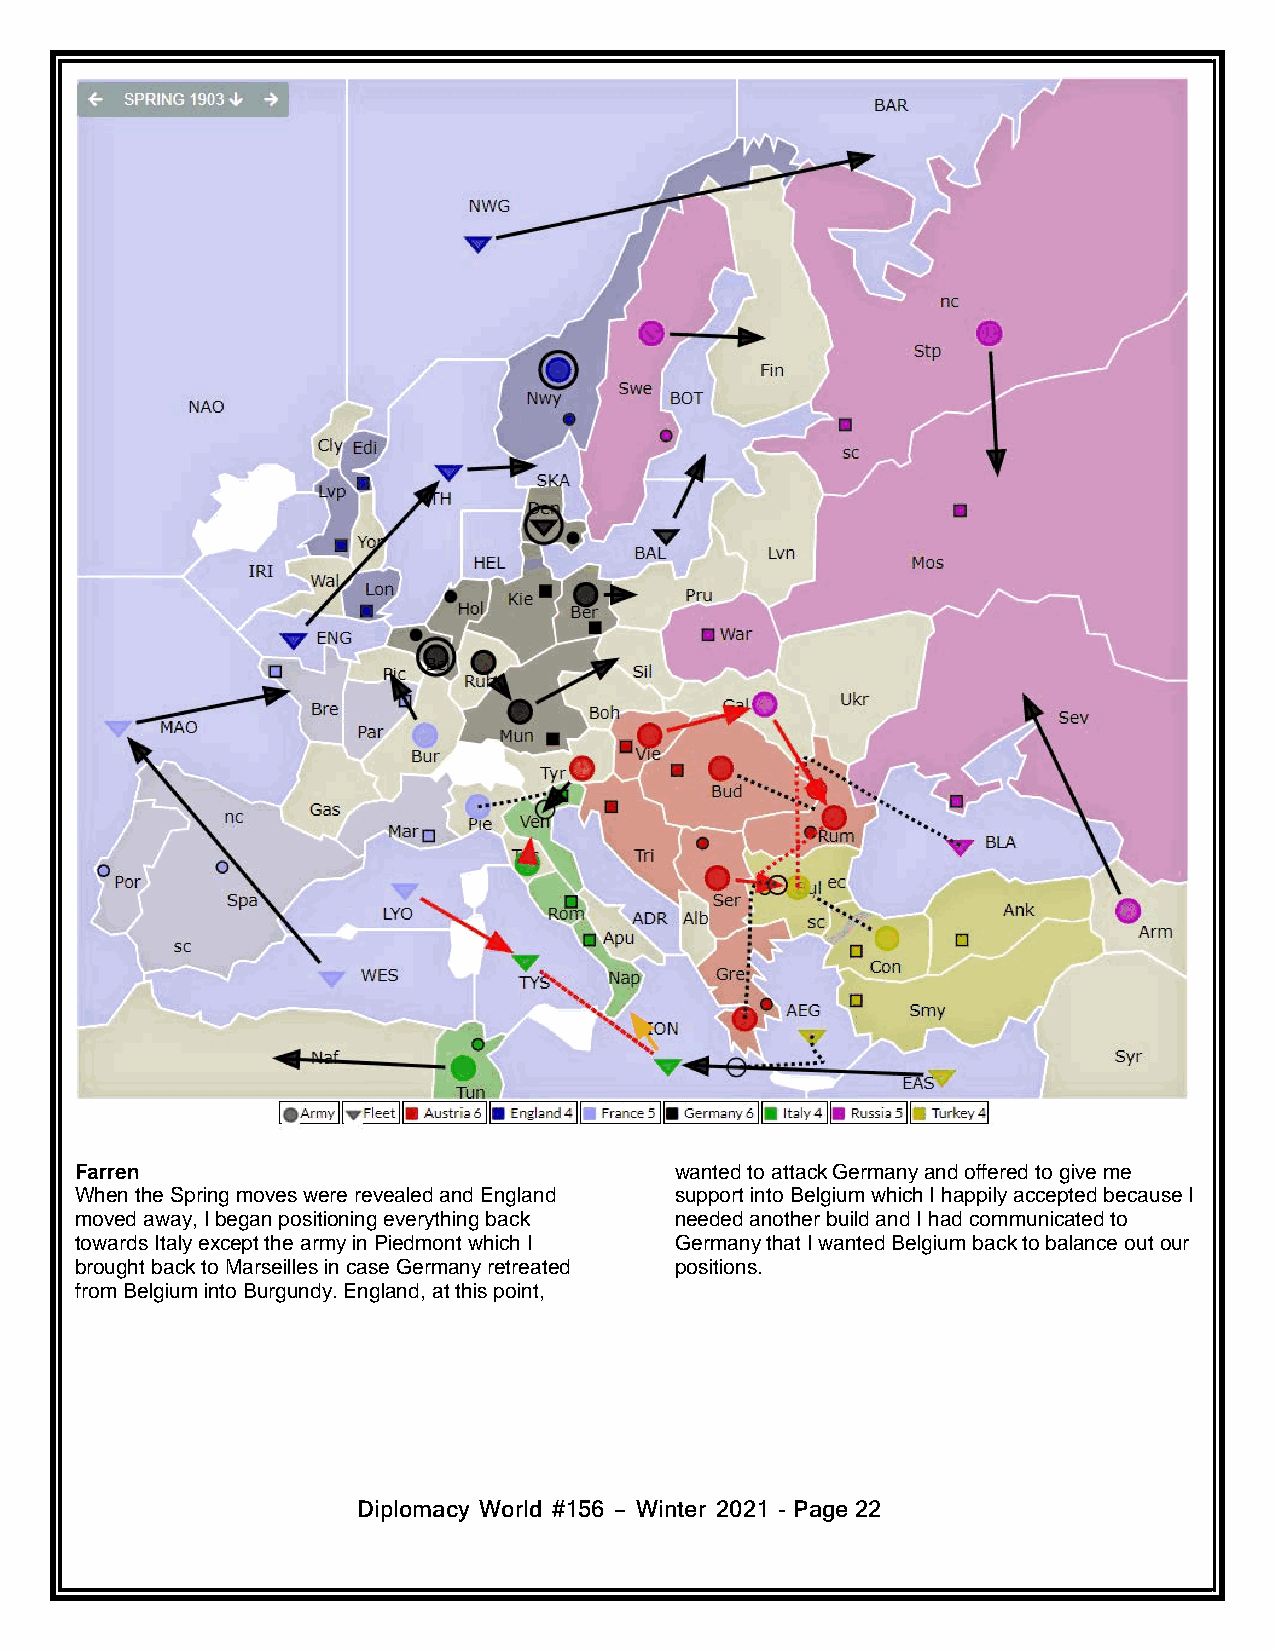
Farren                                  wanted to attack Germany and offered to give me
 When the Spring moves were revealed and England support into Belgium which I happily accepted because I
 moved away, I began positioning everything back needed another build and I had communicated to
 towards Italy except the army in Piedmont which I Germany that I wanted Belgium back to balance out our
 brought back to Marseilles in case Germany retreated positions.
 from Belgium into Burgundy. England, at this point,
 Diplomacy World #156 – Winter 2021 - Page22